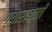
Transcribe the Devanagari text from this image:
ग्याराबत्ती